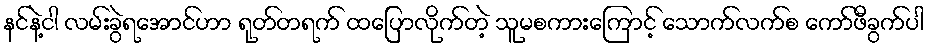
နင်နဲ့ငါ လမ်းခွဲရအောင်ဟာ ရုတ်တရက် ထပြောလိုက်တဲ့ သူမစကားကြောင့် သောက်လက်စ ကော်ဖီခွက်ပါ